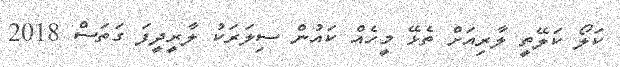
ކަލޯ ކަލޭތީ ލާރިއަށް ތެޅޭ މީހެއް ކައުން ސިލަރަކު ލާރީދީފަ ގަތަސް 2018